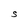
Character: S